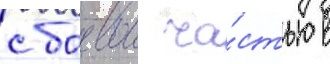
с боевои ча́стью в